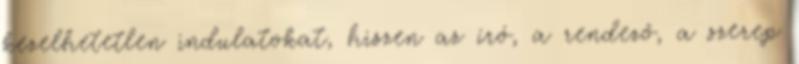
kezelhetetlen indulatokat, hiszen az író, a rendező, a szerep